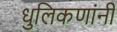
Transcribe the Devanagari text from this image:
धुलिकणांनी